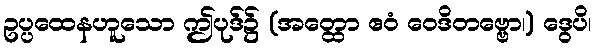
ဥပ္ပထေနဟူသော ဤပုဒ်၌ (အတ္ထော ဧဝံ ဝေဒိတဗ္ဗော၊) ဒွေပိ၊